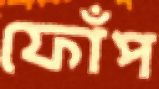
ফোঁপ